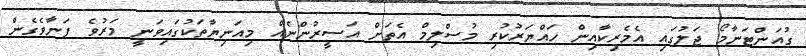
ގުއަންޓަނާމޯ ޖަލުގައި އެމެރިކާއިން ހައްޔަރުކުރި މުސްލިމް އެތަށް އަސީރުންނެއް މިއަނިޔާތަކުގައިވަނީ މަރުވެ ފަނާވެގެން